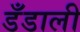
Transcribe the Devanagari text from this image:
डँडाली